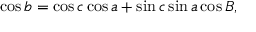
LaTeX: \cos b = \cos c \cos a + \sin c \sin a \cos B ,